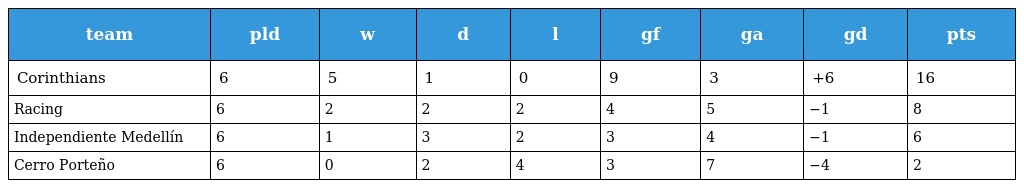
| team | pld | w | d | l | gf | ga | gd | pts |
 | --- | --- | --- | --- | --- | --- | --- | --- | --- |
 | Corinthians | 6 | 5 | 1 | 0 | 9 | 3 | +6 | 16 |
 | Racing | 6 | 2 | 2 | 2 | 4 | 5 | −1 | 8 |
 | Independiente Medellín | 6 | 1 | 3 | 2 | 3 | 4 | −1 | 6 |
 | Cerro Porteño | 6 | 0 | 2 | 4 | 3 | 7 | −4 | 2 |